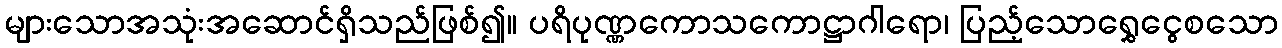
များသောအသုံးအဆောင်ရှိသည်ဖြစ်၍။ ပရိပုဏ္ဏကောသကောဋ္ဌာဂါရော၊ ပြည့်သောရွှေငွေစသော